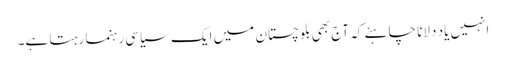
انہیں یاد دلانا چاہئے کہ آج بھی بلوچستان میں ایک سیاسی رہنما رہتا ہے۔